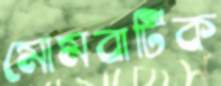
মোমবাটিক